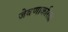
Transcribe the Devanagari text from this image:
जेवणाकरिता